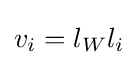
v_{i}=l_{W}l_{i}